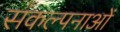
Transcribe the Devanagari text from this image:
संकल्‍पनाओं